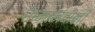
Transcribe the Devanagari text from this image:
रामानंदांनी